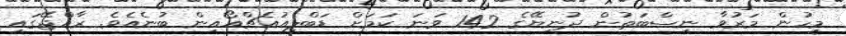
މީހުން މަރުވާ ނިސްބަތުން ދުނިޔޭގެ 142 ވަނަ ކަމަށް ޑަބްލިއުއެޗްއޯއިން ބުނެއެވެ. ރާއްޖޭގައި